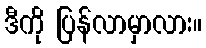
ဒီကို ပြန်လာမှာလား။